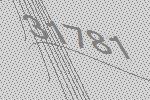
31781